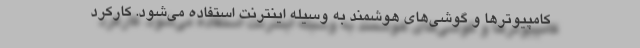
کامپیوترها و گوشی‌های هوشمند به وسیله اینترنت استفاده می‌شود. کارکرد